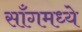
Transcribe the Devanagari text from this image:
साँगमध्ये